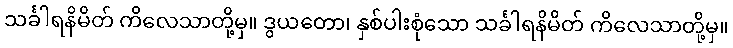
သင်္ခါရနိမိတ် ကိလေသာတို့မှ။ ဒွယတော၊ နှစ်ပါးစုံသော သင်္ခါရနိမိတ် ကိလေသာတို့မှ။